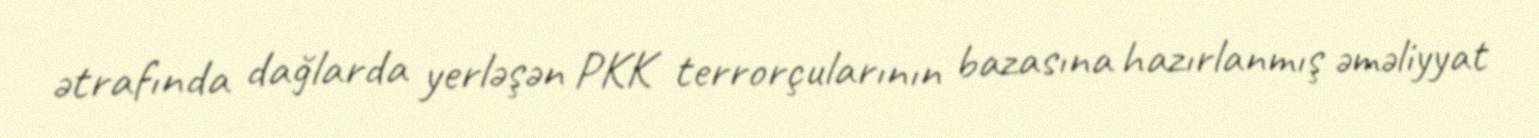
ətrafında dağlarda yerləşən PKK terrorçularının bazasına hazırlanmış əməliyyat